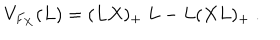
LaTeX: V _ { F _ { X } } ( L ) = ( L X ) _ { + } \ L - L ( X L ) _ { + } \ .